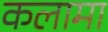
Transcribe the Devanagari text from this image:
कलामा